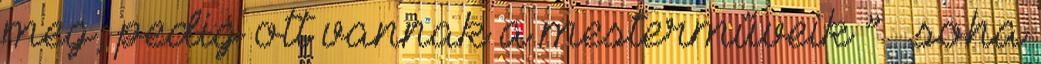
meg, pedig ott vannak a mesterműveik ” – soha